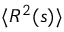
\langle R ^ { 2 } ( s ) \rangle